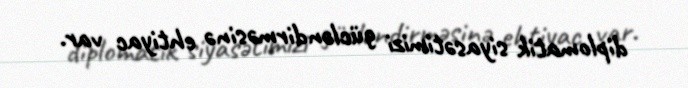
diplomatik siyasətimizi gücləndirməsinə ehtiyac var.